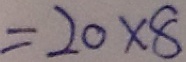
= 2 0 \times 8